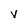
Character: v